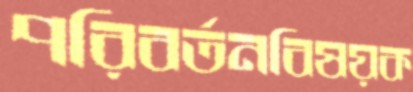
পরিবর্তনবিষয়ক